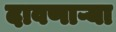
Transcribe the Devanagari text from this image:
दावणाऱ्या